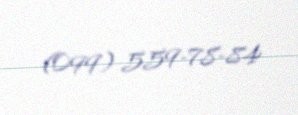
(099) 559-78-84